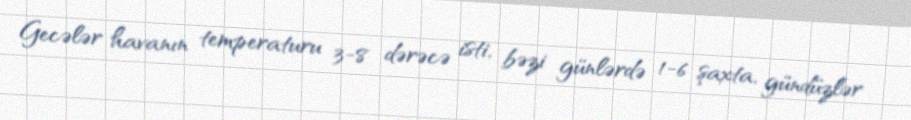
Gecələr havanın temperaturu 3-8 dərəcə isti, bəzi günlərdə 1-6 şaxta, gündüzlər